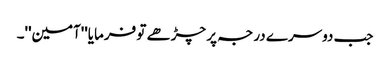
جب دوسرے درجہ پر چڑھے تو فرمایا''آمین''۔